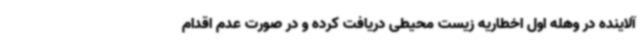
آلاینده در وهله اول اخطاریه زیست محیطی دریافت کرده و در صورت عدم اقدام